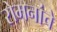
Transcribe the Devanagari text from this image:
रोमनांचे